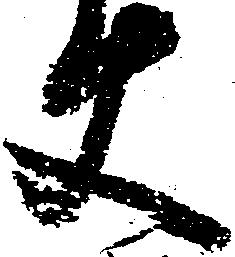
使